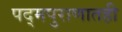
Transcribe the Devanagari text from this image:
पद्मपुराणातही